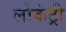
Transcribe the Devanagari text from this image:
लोकंट्री